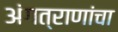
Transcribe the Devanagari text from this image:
अंगत्राणांचा